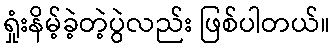
ရှုံးနိမ့်ခဲ့တဲ့ပွဲလည်း ဖြစ်ပါတယ်။